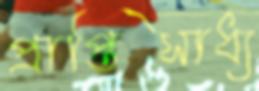
প্রাপ্তিসাধ্য